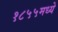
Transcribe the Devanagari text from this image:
१८५५मध्ये